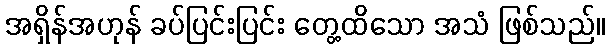
အရှိန်အဟုန် ခပ်ပြင်းပြင်း တွေ့ထိသော အသံ ဖြစ်သည်။